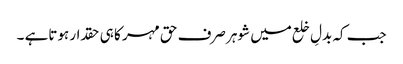
جب کہ بدلِ خلع میں شوہر صرف حق مہر کا ہی حقدار ہوتاہے ۔